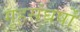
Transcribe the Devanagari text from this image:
गृहसंघर्षों